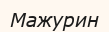
Мажурин